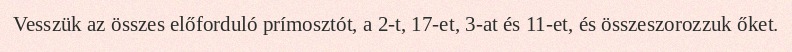
Vesszük az összes előforduló prímosztót, a 2-t, 17-et, 3-at és 11-et, és összeszorozzuk őket.